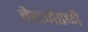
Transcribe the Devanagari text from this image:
वैद्यमंडळी